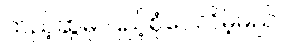
ထည့်ဆွဲမှ ပြည့်စုံပေလိမ့်မည်။